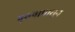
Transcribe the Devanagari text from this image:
पुरुषापासून